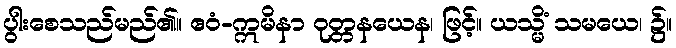
ပွါးစေသည်မည်၏။ ဧဝံ-ဣမိနာ ဝုတ္တနယေန၊ ဖြင့်။ ယသ္မိံ သမယေ၊ ၌။